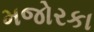
મજોરકા